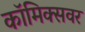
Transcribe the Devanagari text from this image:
कॉमिक्सवर